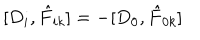
LaTeX: [ D _ { i } , \hat { F } _ { i k } ] = - [ D _ { 0 } , \hat { F } _ { 0 k } ]